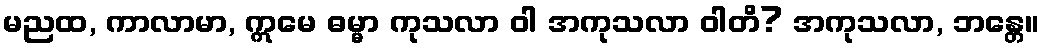
မညထ, ကာလာမာ, ဣမေ ဓမ္မာ ကုသလာ ဝါ အကုသလာ ဝါတိ? အကုသလာ, ဘန္တေ။